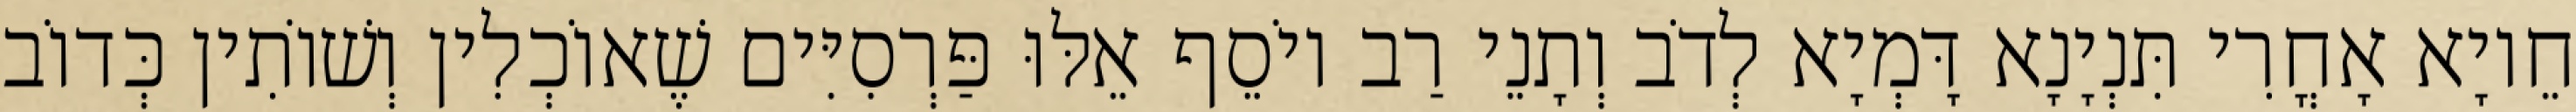
חֵיוָא אָחֳרִי תִּנְיָנָא דָּמְיָא לְדֹב וְתָנֵי רַב יוֹסֵף אֵלּוּ פַּרְסִיִּים שֶׁאוֹכְלִין וְשׁוֹתִין כְּדוֹב